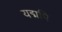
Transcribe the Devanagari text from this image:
यद्मपि